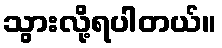
သွားလို့ရပါတယ်။